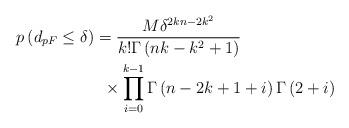
LaTeX: \begin{align*}p\left( {{d_{pF}} \leq \delta } \right) & = \frac{{M{\delta ^{2kn - 2{k^2}}}}}{{k!\Gamma \left( {nk - {k^2} + 1} \right)}} \\ & \,\,\, \times \prod\limits_{i = 0}^{k - 1} {\Gamma \left( {n - 2k + 1 + i} \right)\Gamma \left( {2 + i} \right)} \end{align*}